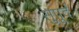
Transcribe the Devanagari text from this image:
सुुपूर्द